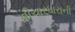
વીચારધારાની